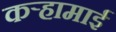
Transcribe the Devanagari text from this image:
कऱ्हामाई